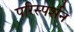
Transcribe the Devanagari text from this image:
परिस्‍पर्शन